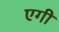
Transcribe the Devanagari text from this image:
एगी